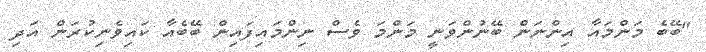
"ބޭބެ މަންމައާ އިންނަން ބޭނުންވަނީ މަންމަ ވެސް ނިންމައިފައިން ބޭބެއާ ކައިވެނިކުރަން އަދި